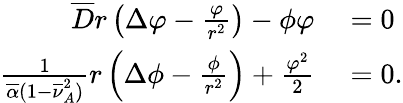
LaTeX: \begin{array}{rl}{\overline{{D}}r\left(\Delta\varphi-\frac{\varphi}{r^{2}}\right)-\phi\varphi}&{{}=0}\\ {\frac{1}{\overline{{\alpha}}(1-\overline{{\nu}}_{A}^{2})}r\left(\Delta\phi-\frac{\phi}{r^{2}}\right)+\frac{\varphi^{2}}{2}}&{{}=0.}\end{array}